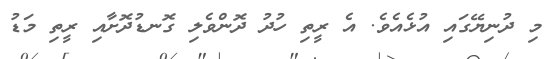
މި ދުނިޔޭގައި އުޅެއެވެ. އެ ރީތި ހުދު ދޮންވެލި ގޮނޑުދޮށާއި ރީތި މަޑު